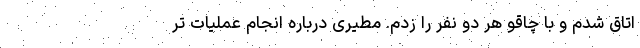
اتاق شدم و با چاقو هر دو نفر را زدم. مطیری درباره انجام عملیات تر